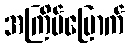
အကြိမ်မြောက်